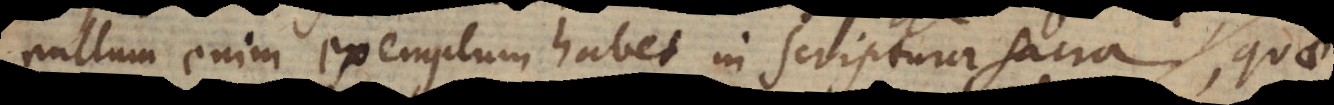
nullum enim exemplum habet in scriptura sacra, quae